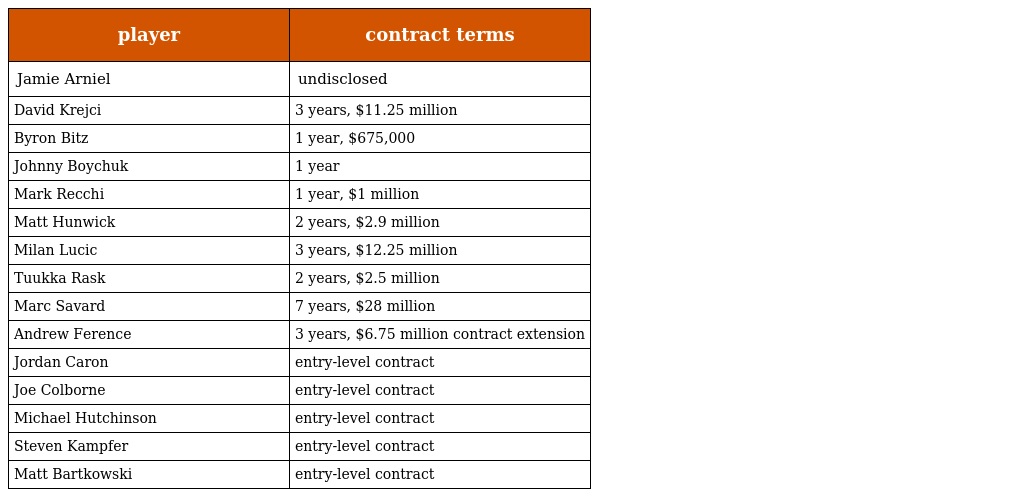
| player | contract terms |
 | --- | --- |
 | Jamie Arniel | undisclosed |
 | David Krejci | 3 years, $11.25 million |
 | Byron Bitz | 1 year, $675,000 |
 | Johnny Boychuk | 1 year |
 | Mark Recchi | 1 year, $1 million |
 | Matt Hunwick | 2 years, $2.9 million |
 | Milan Lucic | 3 years, $12.25 million |
 | Tuukka Rask | 2 years, $2.5 million |
 | Marc Savard | 7 years, $28 million |
 | Andrew Ference | 3 years, $6.75 million contract extension |
 | Jordan Caron | entry-level contract |
 | Joe Colborne | entry-level contract |
 | Michael Hutchinson | entry-level contract |
 | Steven Kampfer | entry-level contract |
 | Matt Bartkowski | entry-level contract |